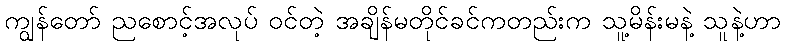
ကျွန်တော် ညစောင့်အလုပ် ဝင်တဲ့ အချိန်မတိုင်ခင်ကတည်းက သူ့မိန်းမနဲ့ သူနဲ့ဟာ